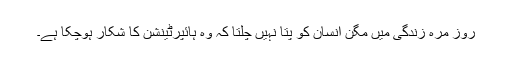
روز مرہ زندگی میں مگن انسان کو پتا نہیں چلتا کہ وہ ہائپرٹینشن کا شکار ہوچکا ہے۔